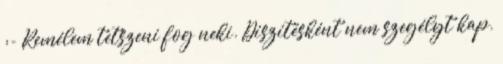
:- Remélem tetszeni fog neki. Díszítésként nem szegélyt kap,